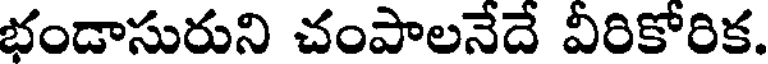
భండాసురుని చంపాలనేదే వీరికోరిక.